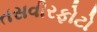
તસવીરફોટો